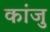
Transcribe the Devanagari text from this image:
कांजु